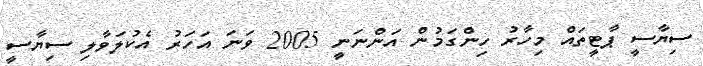
ސިޔާސީ ޕާޓީތައް މިހާރު ހިންގަމުން އަންނަނީ 2005 ވަނަ އަހަރު އެކުލަވާލި ސިޔާސީ